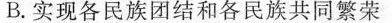
B. 实现各民族团结和各民族共同繁荣